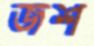
জশ